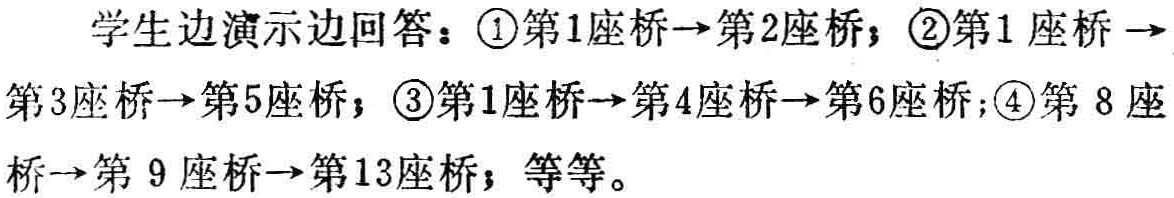
学生边演示边回答：\textcircled{1}第1座桥→第2座桥；\textcircled{2}第1座桥→第3座桥→第5座桥；\textcircled{3}第1座桥→第4座桥→第6座桥；\textcircled{4}第8座桥→第9座桥→第13座桥；等等。